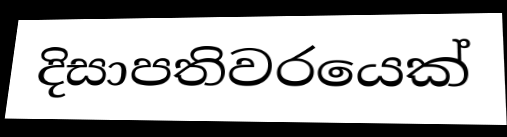
දිසාපතිවරයෙක්